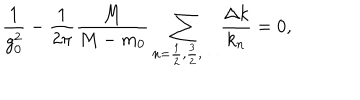
LaTeX: \frac { 1 } { g _ { 0 } ^ { 2 } } - \frac { 1 } { 2 \pi } \frac { M } { M - m _ { 0 } } \sum _ { n = \frac 1 2 , \frac 3 2 , \cdots } \frac { \Delta k } { k _ { n } } = 0 ,